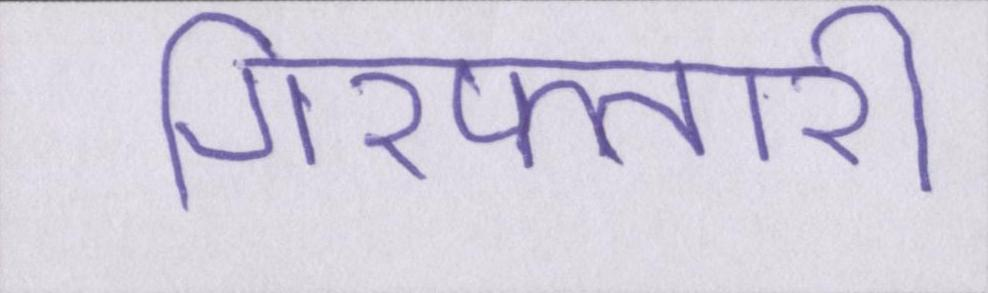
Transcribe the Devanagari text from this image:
गिरफ्तारी